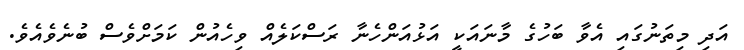
އަދި މިތަނުގައި އެވާ ބަހުގެ މާނައަކީ އަޅުއަންހެނާ ރަސްކަލެއް ވިހެއުން ކަމަށްވެސް ބުނެވެއެވެ.